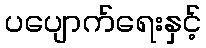
ပပျောက်ရေးနှင့်